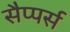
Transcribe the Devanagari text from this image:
सैप्पर्स